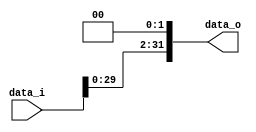
//Description:  Offset*4
//--------------------------------------------------------------------------------

module Shift_Left_Two_32(
    data_i,
    data_o
    );

//I/O ports
input [32-1:0] data_i;
output [32-1:0] data_o;

//shift left 2
assign data_o = data_i << 2;

endmodule